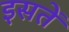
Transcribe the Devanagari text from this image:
इसतें